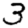
Digit: 3